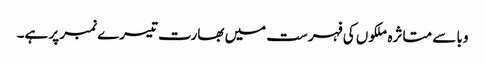
وبا سے متاثرہ ملکوں کی فہرست میں بھارت تیسرے نمبر پر ہے۔